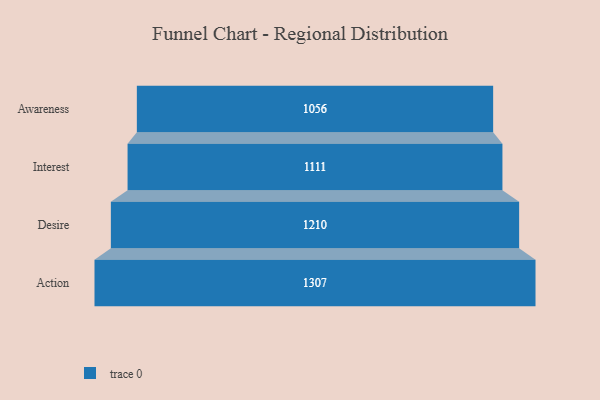
{"axis": {"x": "Stage", "y": "Value"}, "legend": [""], "data": [{"x": "Awareness", "y": 1056.0, "type": ""}, {"x": "Interest", "y": 1111.0, "type": ""}, {"x": "Desire", "y": 1210.0, "type": ""}, {"x": "Action", "y": 1307.0, "type": ""}]}